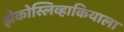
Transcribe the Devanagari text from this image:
झेकोस्लिव्हाकियाला